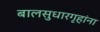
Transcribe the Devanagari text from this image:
बालसुधारगृहांना